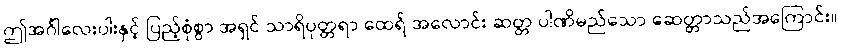
ဤအင်္ဂါလေးပါးနှင့် ပြည့်စုံစွာ အရှင် သာရိပုတ္တရာ ထေရ် အလောင်း ဆတ္တ ပါဏိမည်သော ဆေတ္တာသည်အကြောင်း။